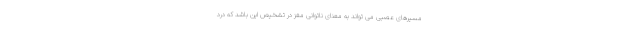
مسیرهای عصبی می تواند به معنای ناتوانی مغز در تشخیص این باشد که درد